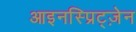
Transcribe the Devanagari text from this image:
आइनस्प्रिट्ज़ेन